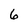
Character: 6